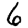
Digit: 6